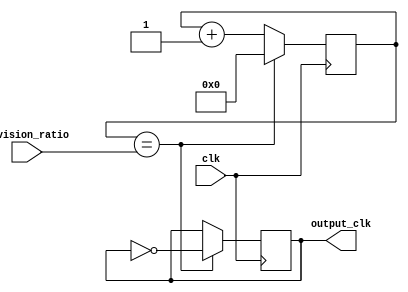
module programmable_clock_divider (
    input wire clk,
    input wire [7:0] division_ratio,
    output reg output_clk
);

reg [7:0] counter;

always @(posedge clk) begin
    if (counter == division_ratio) begin
        counter <= 0;
        output_clk <= ~output_clk;
    end else begin
        counter <= counter + 1;
    end
end

endmodule